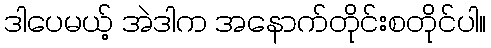
ဒါပေမယ့် အဲဒါက အနောက်တိုင်းစတိုင်ပါ။